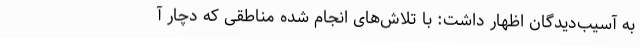
به آسیب‌دیدگان اظهار داشت: با تلاش‌های انجام شده مناطقی که دچار آ